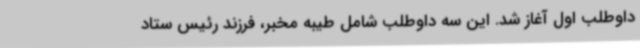
داوطلب اول آغاز شد. این سه داوطلب شامل طیبه مخبر، فرزند رئیس ستاد